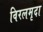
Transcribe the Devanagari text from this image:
विरलमृदा